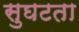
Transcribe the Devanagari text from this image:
सुघटता